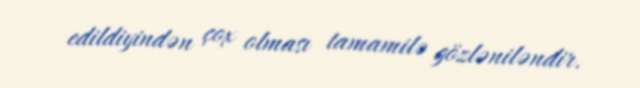
edildiyindən çox olması tamamilə gözləniləndir.